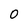
Character: 0